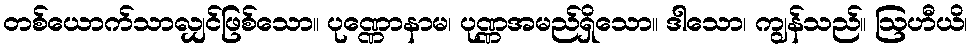
တစ်ယောက်သာလျှင်ဖြစ်သော။ ပုဏ္ဏောနာမ၊ ပုဏ္ဏအမည်ရှိသော။ ဒါသော၊ ကျွန်သည်။ ဩဟီယိ၊